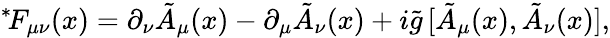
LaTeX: {}^{*}\! F_{\mu\nu}(x)=\partial_{\nu}\tilde{A}_{\mu}(x)-\partial_{\mu}\tilde{A}_{\nu}(x)+i\tilde{g}\, [\tilde{A}_{\mu}(x),\tilde{A}_{\nu}(x)],